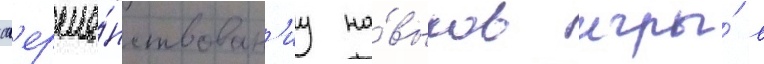
сов'ерше́нствован'иу на́выков игры́ в